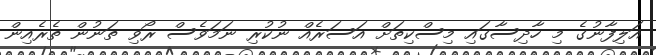
އަލިފާނުގެ މި ހާދިސާގައި މިސްކިތަށް އަސަރެއް ނުކުރި ނަމަވެސް ރޯވި ތަނުން ތެރެއިން